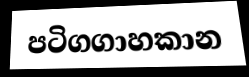
පටිගගාහකාන